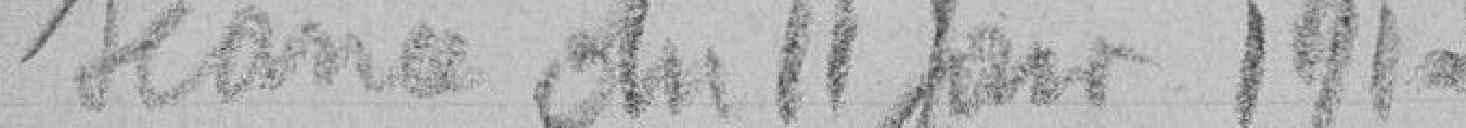
Séance du 11 Juin 1917